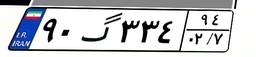
۵۷گ۶۴۳۹۴